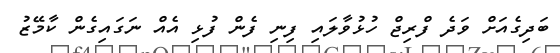
ބަދިގެއަށް ވަދެ ފްރިޖް ހުޅުވާލައި ފިނި ފެން ފުޅި އެއް ނަގައިގެން ކާމޭޒު